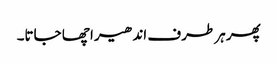
پھر ہر طرف اندھیرا چھا جاتا۔